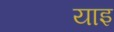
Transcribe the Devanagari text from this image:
याइ